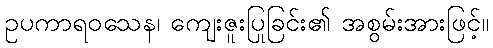
ဥပကာရဝသေန၊ ကျေးဇူးပြုခြင်း၏ အစွမ်းအားဖြင့်။